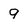
Character: 9